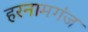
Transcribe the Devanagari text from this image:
हरनामगंज